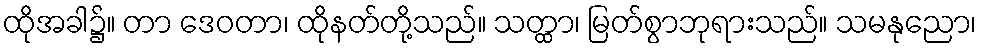
ထိုအခါ၌။ တာ ဒေဝတာ၊ ထိုနတ်တို့သည်။ သတ္ထာ၊ မြတ်စွာဘုရားသည်။ သမနုညော၊